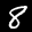
Label: 8